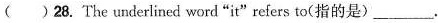
( )28. The underlined word "it" refers to(指的是)___.